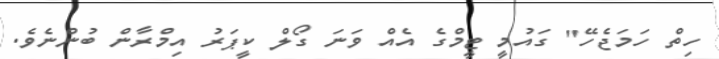
ހިތް ހަމަޖެހޭ" ގައުމީ ޓީމްގެ އެއް ވަނަ ގޯލް ކީޕަރު އިމްރާން ބުންނެވެ.